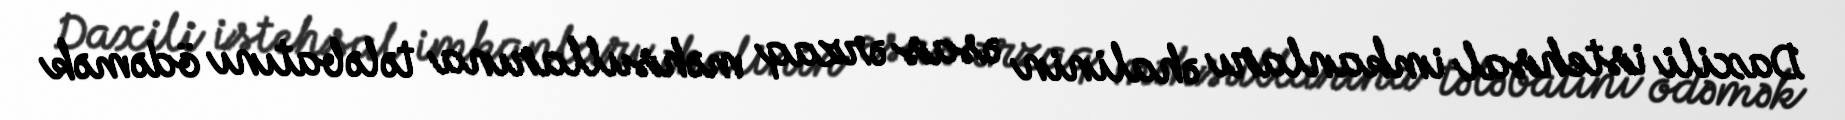
Daxili istehsal imkanları əhalinin əsas ərzaq məhsullarına tələbatını ödəmək